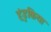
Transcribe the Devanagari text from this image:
हंडुकिया